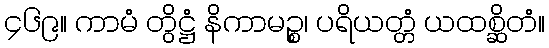
၄၆၉။ ကာမံ တွိဋ္ဌံ နိကာမဉ္စ၊ ပရိယတ္တံ ယထစ္ဆိတံ။